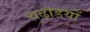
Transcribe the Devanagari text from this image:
चढ़ाडयों